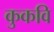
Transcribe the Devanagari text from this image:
कुकवि